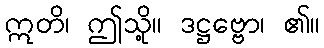
ဣတိ၊ ဤသို့။ ဒဋ္ဌဗ္ဗော၊ ၏။